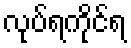
လုပ်ရကိုင်ရ